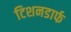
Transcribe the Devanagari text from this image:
टिशनडार्फ